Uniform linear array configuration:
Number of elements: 64
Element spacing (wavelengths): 1
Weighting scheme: hamming
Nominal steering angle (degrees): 45
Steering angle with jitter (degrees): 46.106
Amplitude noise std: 0.05
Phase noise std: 0.05

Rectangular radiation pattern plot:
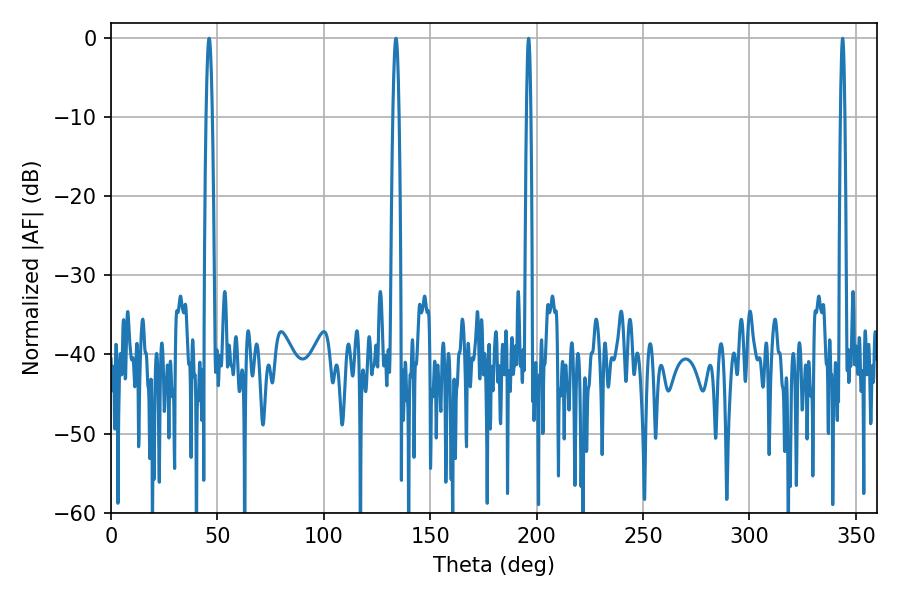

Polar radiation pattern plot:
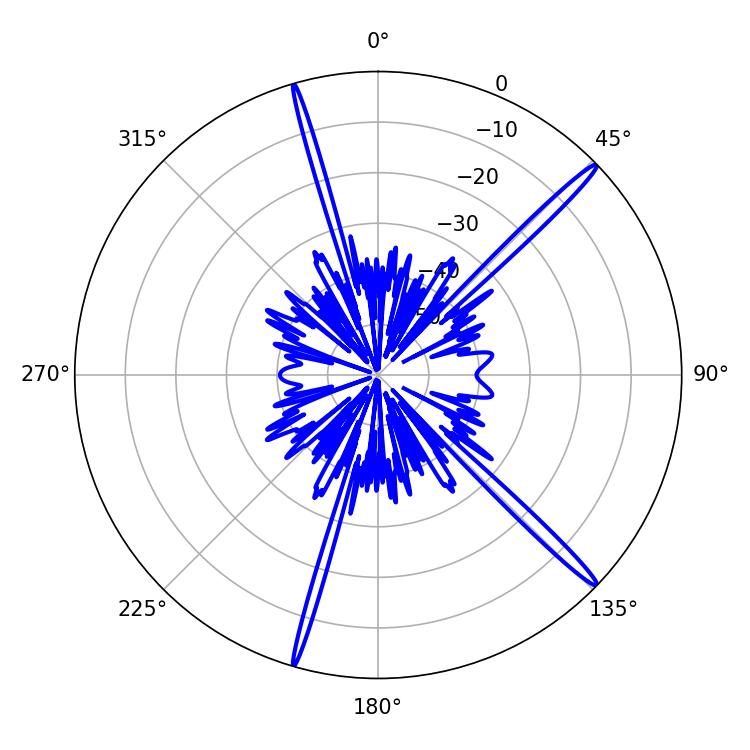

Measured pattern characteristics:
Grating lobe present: TRUE
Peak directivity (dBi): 17.923
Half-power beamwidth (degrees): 1.44
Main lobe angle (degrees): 46.08